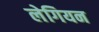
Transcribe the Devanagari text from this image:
लेगियन